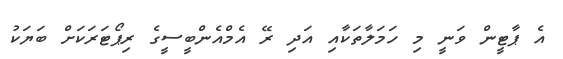
އެ ޕާޓީން ވަނީ މި ހަަމަލާތަކާއި އަދި ރޭ އެމްއެންބީސީގެ ރިޕޯޓަރަކަށް ބަޔަކު